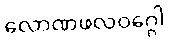
လောဏဖလဝဂ္ဂေါ